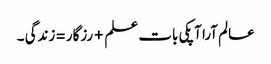
عالم آرا آپکی بات علم+رزگار =زندگی ۔